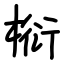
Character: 椼